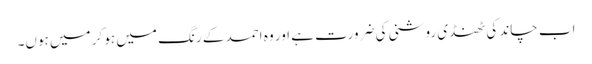
اب چاند کی ٹھنڈی روشنی کی ضرورت ہے اور وہ احمد کے رنگ میں ہو کر میں ہوں۔